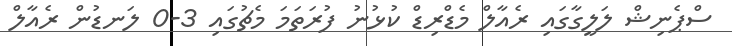
ސްޕެނިޝް ލަލީގާގައި ރެއާލް މެޑްރިޑް ކުޅުނު ފުރަތަމަ މެޗުގައި 3-0 ލަނޑުން ރެއާލް